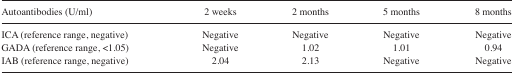
<table><thead><tr><td><b>Autoantibodies (U/ml)</b></td><td><b>2 weeks</b></td><td><b>2 months</b></td><td><b>5 months</b></td><td><b>8 months</b></td></tr></thead><tbody><tr><td>ICA (reference range, negative)</td><td>Negative</td><td>Negative</td><td>Negative</td><td>Negative</td></tr><tr><td>GADA (reference range, &lt;1.05)</td><td>Negative</td><td>1.02</td><td>1.01</td><td>0.94</td></tr><tr><td>IAB (reference range, negative)</td><td>2.04</td><td>2.13</td><td>Negative</td><td>Negative</td></tr></tbody></table>